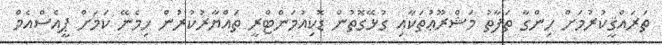
ތަރައްޤީކުރުމަށް ހިންގާ ތަފާތު މަޝްރޫޢުތަކާއި ގުޅޭގޮތުން ޑޮކިއުމަންޓްރީ ތައްޔާރުކުރުން ހިމެނޭ ކަމަށް ޕީއެސްއެމް